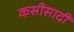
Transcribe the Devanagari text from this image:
कसीसादी